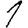
Digit: 1